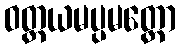
ဝတ္တယမပ္ပမတ္တော